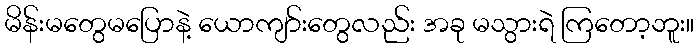
မိန်းမတွေမပြောနဲ့ ယောကျာ်းတွေလည်း အခု မသွားရဲ ကြတော့ဘူး။